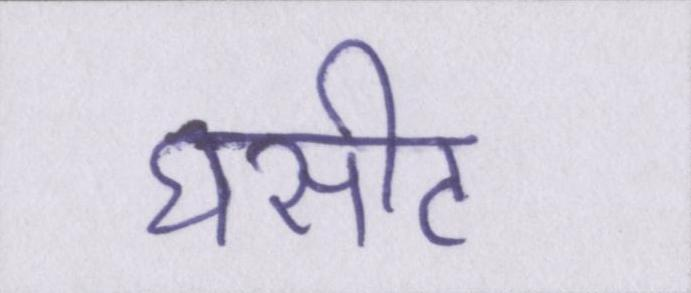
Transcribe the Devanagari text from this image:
घसीट